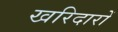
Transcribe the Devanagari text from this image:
खरिदारों